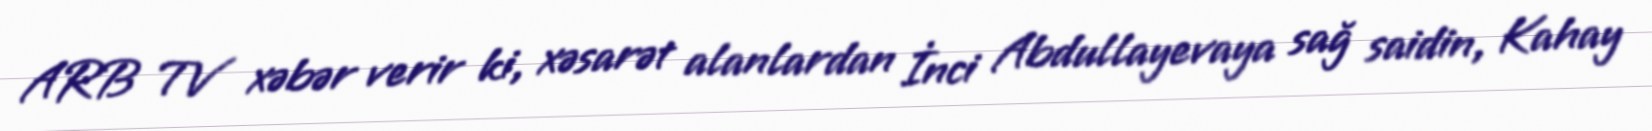
ARB TV xəbər verir ki, xəsarət alanlardan İnci Abdullayevaya sağ saidin, Kahay